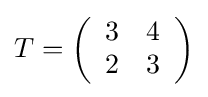
\textstyle T=\left({\begin{array}{cc}3&4\\2&3\end{array}}\right)